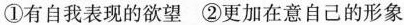
①有自我表现的欲望②更加在意自己的形象